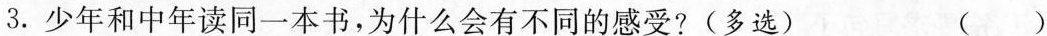
3. 少年和中年读同一本书，为什么会有不同的感受?(多选) ( )